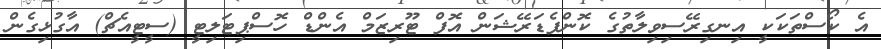
އެ ކޯސްތަކަކީ އިނގިރޭސިވިލާތުގެ ކޮންފެޑަރޭޝަން އޮފް ޓޫރިޒަމް އެންޑް ހޮސްޕިޓަލިޓީ (ސީޓީއެޗް) އާގުޅިގެން